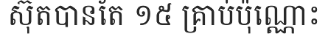
ស៊ុតបានតែ ១៥ គ្រាប់ប៉ុណ្ណោះ